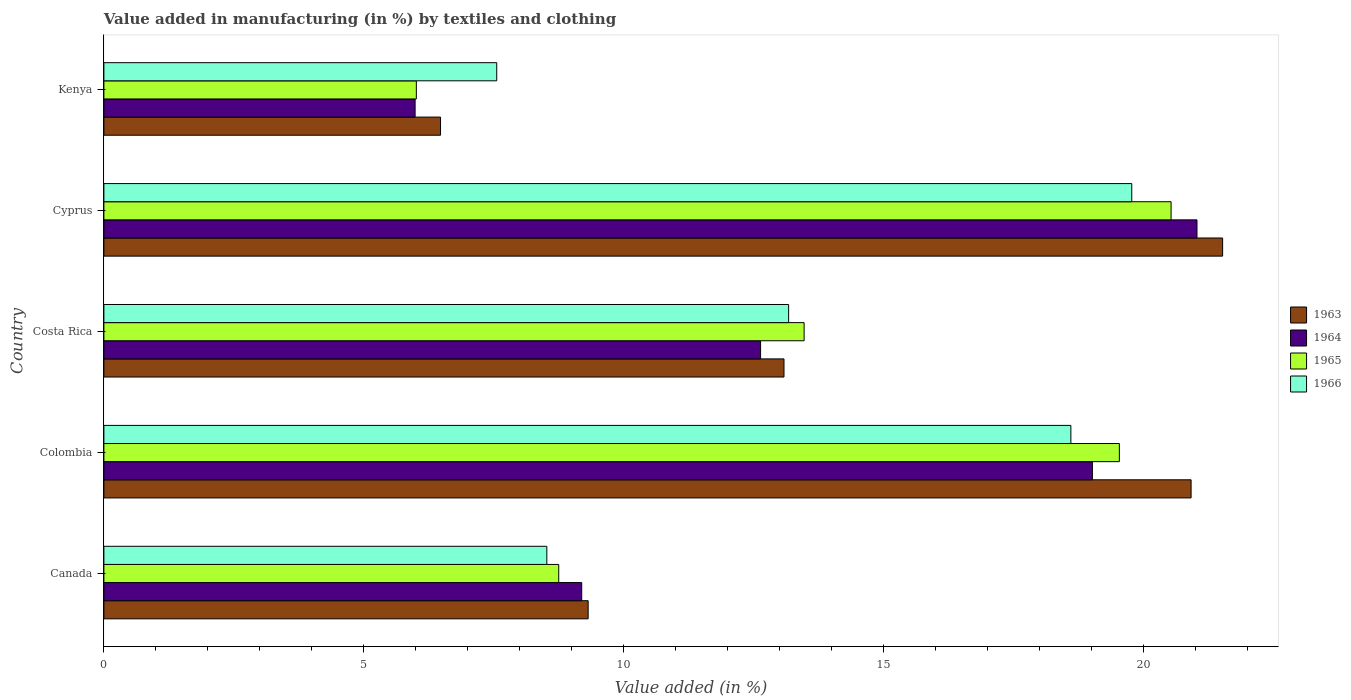
| Country | 1963 | 1964 | 1965 | 1966 |
 | --- | --- | --- | --- | --- |
 | Canada | 9.32 | 9.19 | 8.75 | 8.52 |
 | Colombia | 20.9 | 19 | 19.5 | 18.6 |
 | Costa Rica | 13.1 | 12.6 | 13.5 | 13.2 |
 | Cyprus | 21.5 | 21 | 20.5 | 19.8 |
 | Kenya | 6.48 | 5.99 | 6.01 | 7.56 |